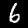
Label: 6